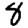
Digit: 8